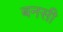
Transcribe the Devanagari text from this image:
बनसी